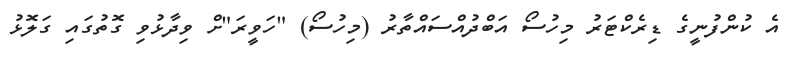
އެ ކުންފުނީގެ ޑިރެކްޓަރު މިހުސޯ އަބްދުއްސައްތާރު (މިހުސޯ) "ހަވީރަ"ށް ވިދާޅުވި ގޮތުގައި ގަލޮޅު